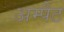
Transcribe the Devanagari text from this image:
अम्पैट